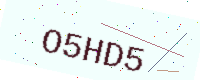
Text: O5HD5